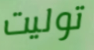
توليت